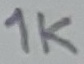
Text: 1K